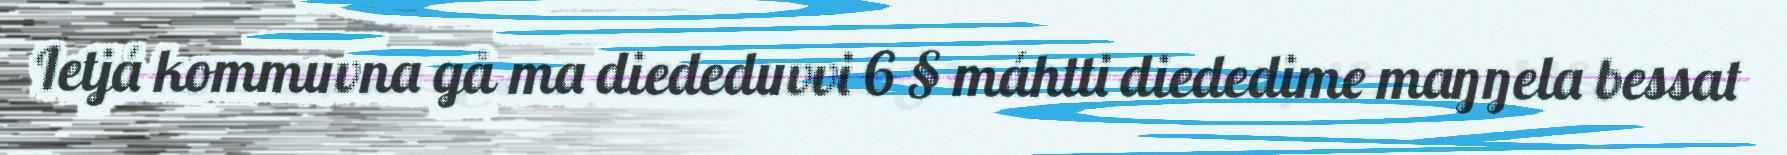
Ietjá kommuvna gå ma diededuvvi 6 § máhtti diededime maŋŋela bessat